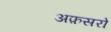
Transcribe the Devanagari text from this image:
अफ़सरो